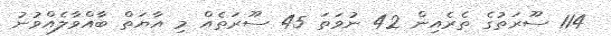
114 ސޫރަތުގެ ތެރެއިން 42 ނުވަތަ 45 ސޫރަތެއް މި އާޔަތް ބާއްވާލެއްވުނު